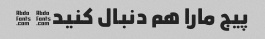
پیج مارا هم دنبال کنید� �